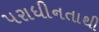
પરાધીનતાથી